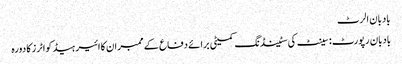
بادبان الرٹ
بادبان رپورٹ : سینٹ کی سٹینڈنگ کمیٹی برائے دفاع کے ممبران کا ائیر ہیڈ کواٹرز کا دورہ